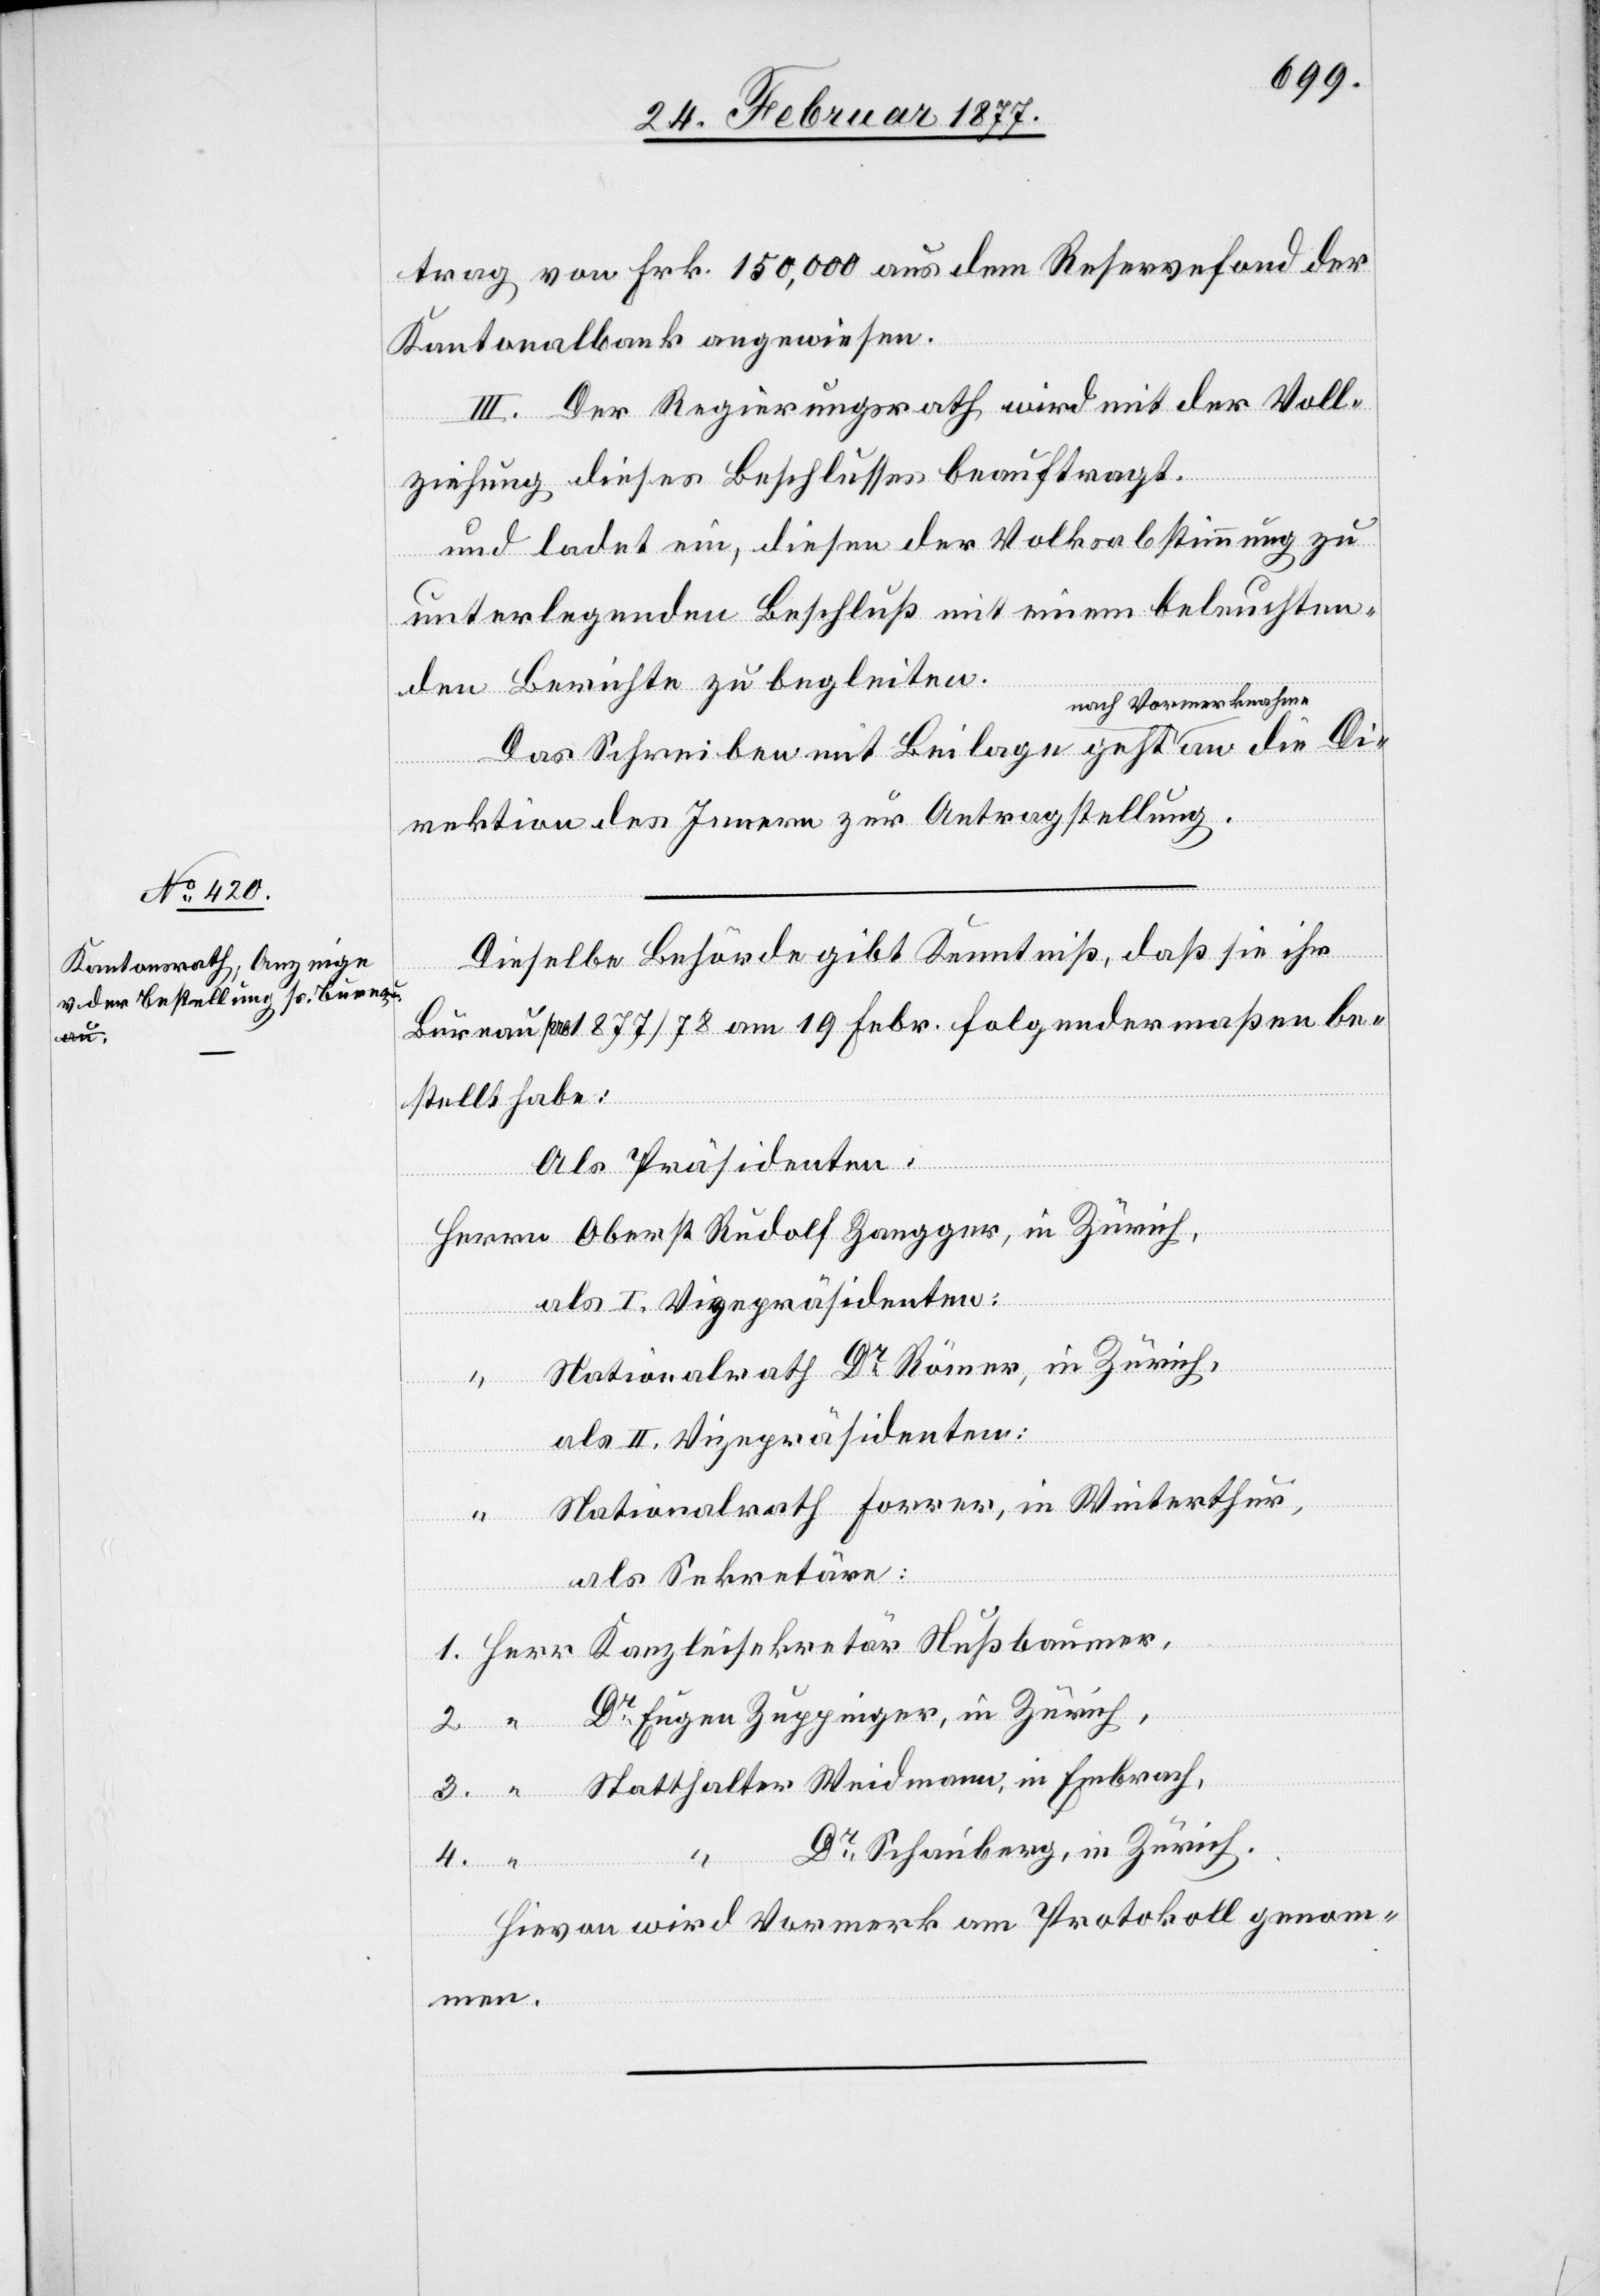
trag von Frk. 150,000 aus dem Reservefond der
Kantonalbank angewiesen.
III. Der Regierungsrath wird mit der Voll¬
ziehung dieses Beschlusses beauftragt.
und ladet ein, diesen der Volksabstimmung zu
in
unterlegende Beschluß mit einem beleuchten¬
Kanz¬
den Berichte zu begleiten.
Das Schreiben mit Beilage geht nach Vor¬
rektion des Innern zur Antragstellung.
Dieselbe Behörde gibt Kenntniß, daß sie ihr
Bureau pro 1877/78 am 19. Febr. folgendermaßen be¬
stellt habe:
Als Präsidenten:
als I. Vizepräsidenten:
Nationalrath Dr Römer, in Zürich,
“
4.
als II. Vizepräsidenten:
Nationalrath Forrer, in Winterthur,
leisekretär Nußbaumer,
als Sekretäre:
Dr Eugen Zuppinger, in Zürich,
3.
Statthalter Weidmann, in Embrach,
Dr Schauberg, in Zürich.
Hievon wird Vormerk am Protokoll genom¬
men.